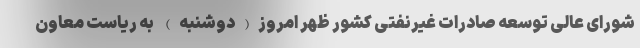
شورای عالی توسعه صادرات غیرنفتی کشور ظهر امروز(دوشنبه) به ریاست معاون